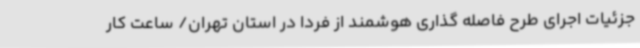
جزئیات اجرای طرح فاصله گذاری هوشمند از فردا در استان تهران/ ساعت کار